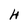
Character: 4